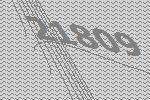
21809